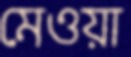
মেওয়া